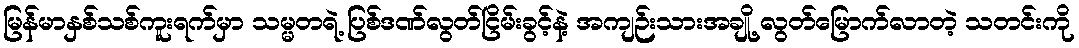
မြန်မာနှစ်သစ်ကူးရက်မှာ သမ္မတရဲ့ ပြစ်ဒဏ်လွတ်ငြိမ်းခွင့်နဲ့ အကျဉ်းသားအချို့ လွတ်မြောက်လာတဲ့ သတင်းကို